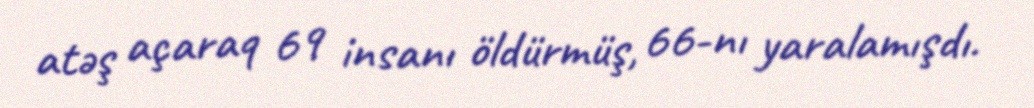
atəş açaraq 69 insanı öldürmüş, 66-nı yaralamışdı.